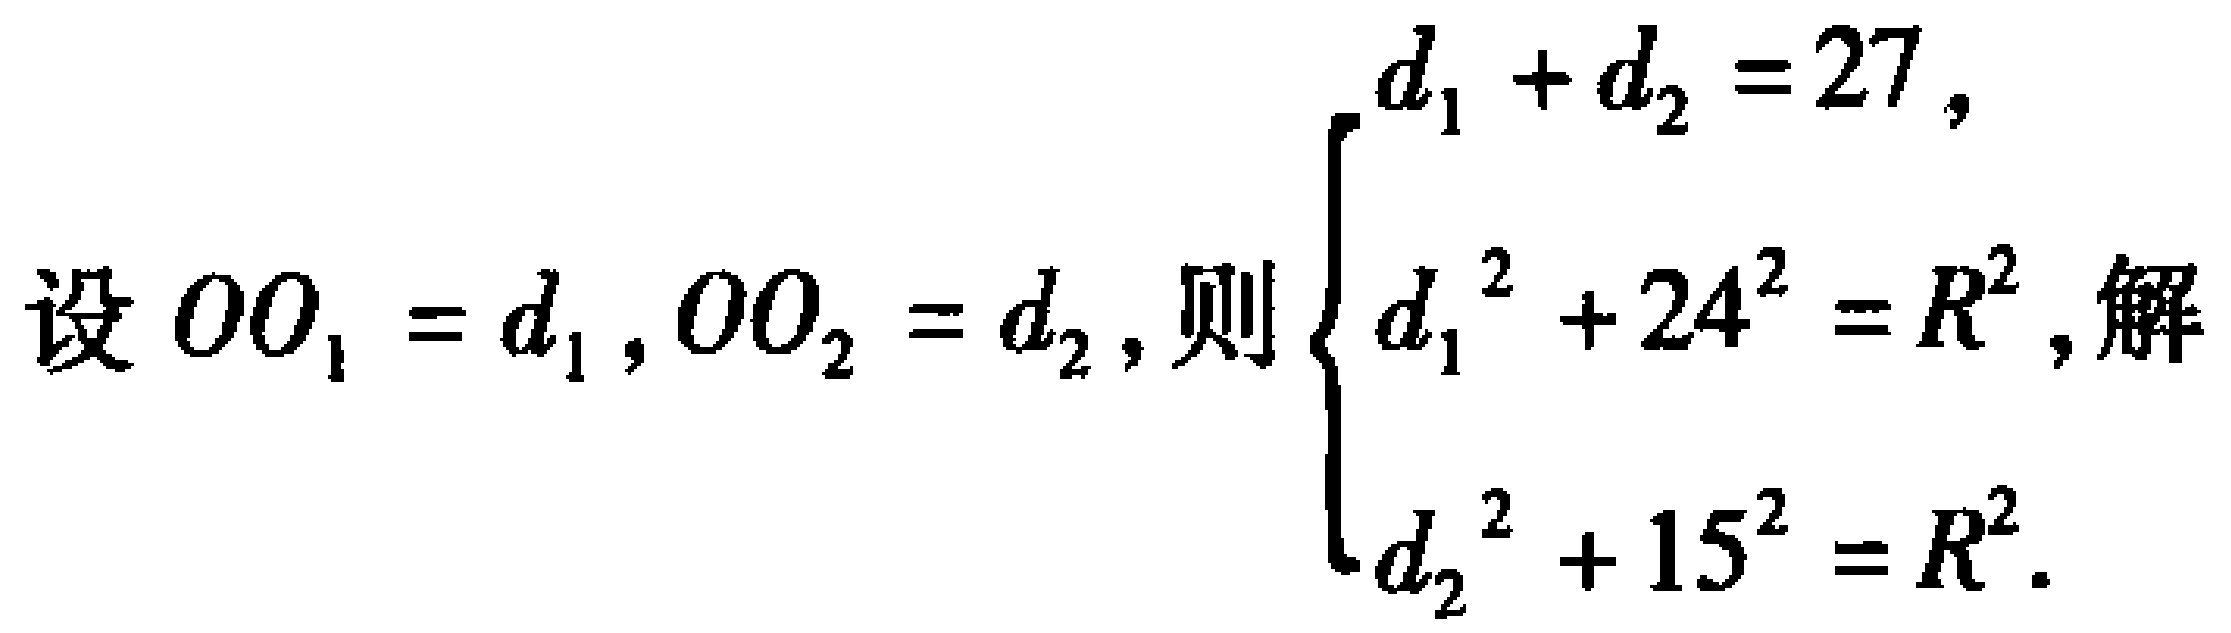
设 \(OO_1 = d_1,OO_2 = d_2\)，则 \(\begin{cases}d_1 + d_2 = 27,\\d_1^{2} + 24^{2} = R^{2},\\d_2^{2} + 15^{2} = R^{2}.\end{cases}\) 解